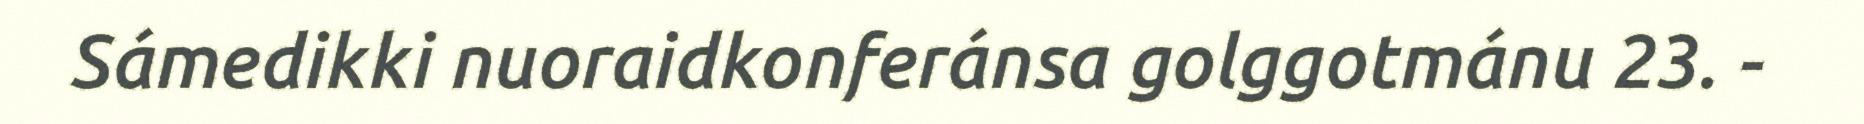
Sámedikki nuoraidkonferánsa golggotmánu 23. -